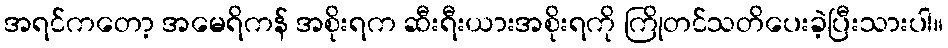
အရင်ကတော့ အမေရိကန် အစိုးရက ဆီးရီးယားအစိုးရကို ကြိုတင်သတိပေးခဲ့ပြီးသားပါ။